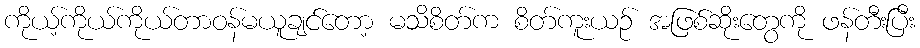
ကိုယ့်ကိုယ်ကိုယ်တာဝန်မယူချင်တော့ မသိစိတ်က စိတ်ကူးယဉ် အဖြစ်ဆိုးတွေကို ဖန်တီးပြီး